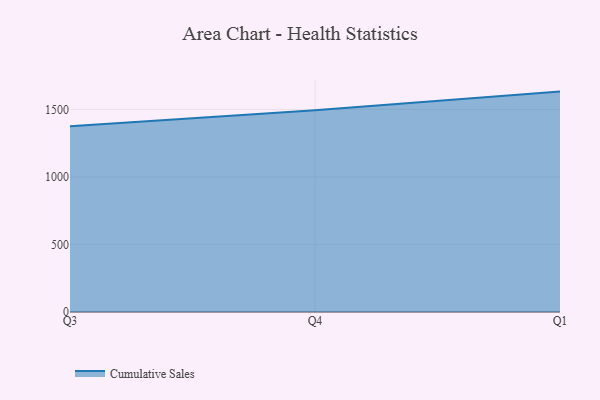
{"axis": {"x": "Quarter", "y": "Bounce Rate (%)"}, "legend": ["Cumulative Sales"], "data": [{"x": "Q3", "y": 1375.9, "type": "Cumulative Sales"}, {"x": "Q4", "y": 1494.6, "type": "Cumulative Sales"}, {"x": "Q1", "y": 1631.8, "type": "Cumulative Sales"}]}